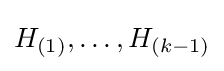
H_{(1)},\ldots ,H_{(k-1)}